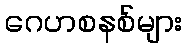
ဂေဟစနစ်များ